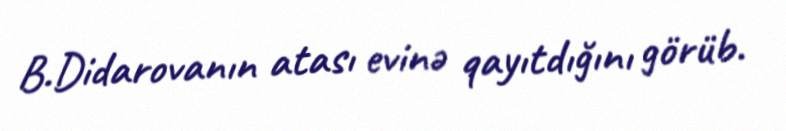
B.Didarovanın atası evinə qayıtdığını görüb.